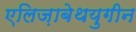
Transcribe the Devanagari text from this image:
एलिज़ाबेथयुगीन